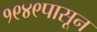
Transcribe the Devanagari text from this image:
१९४९पासून